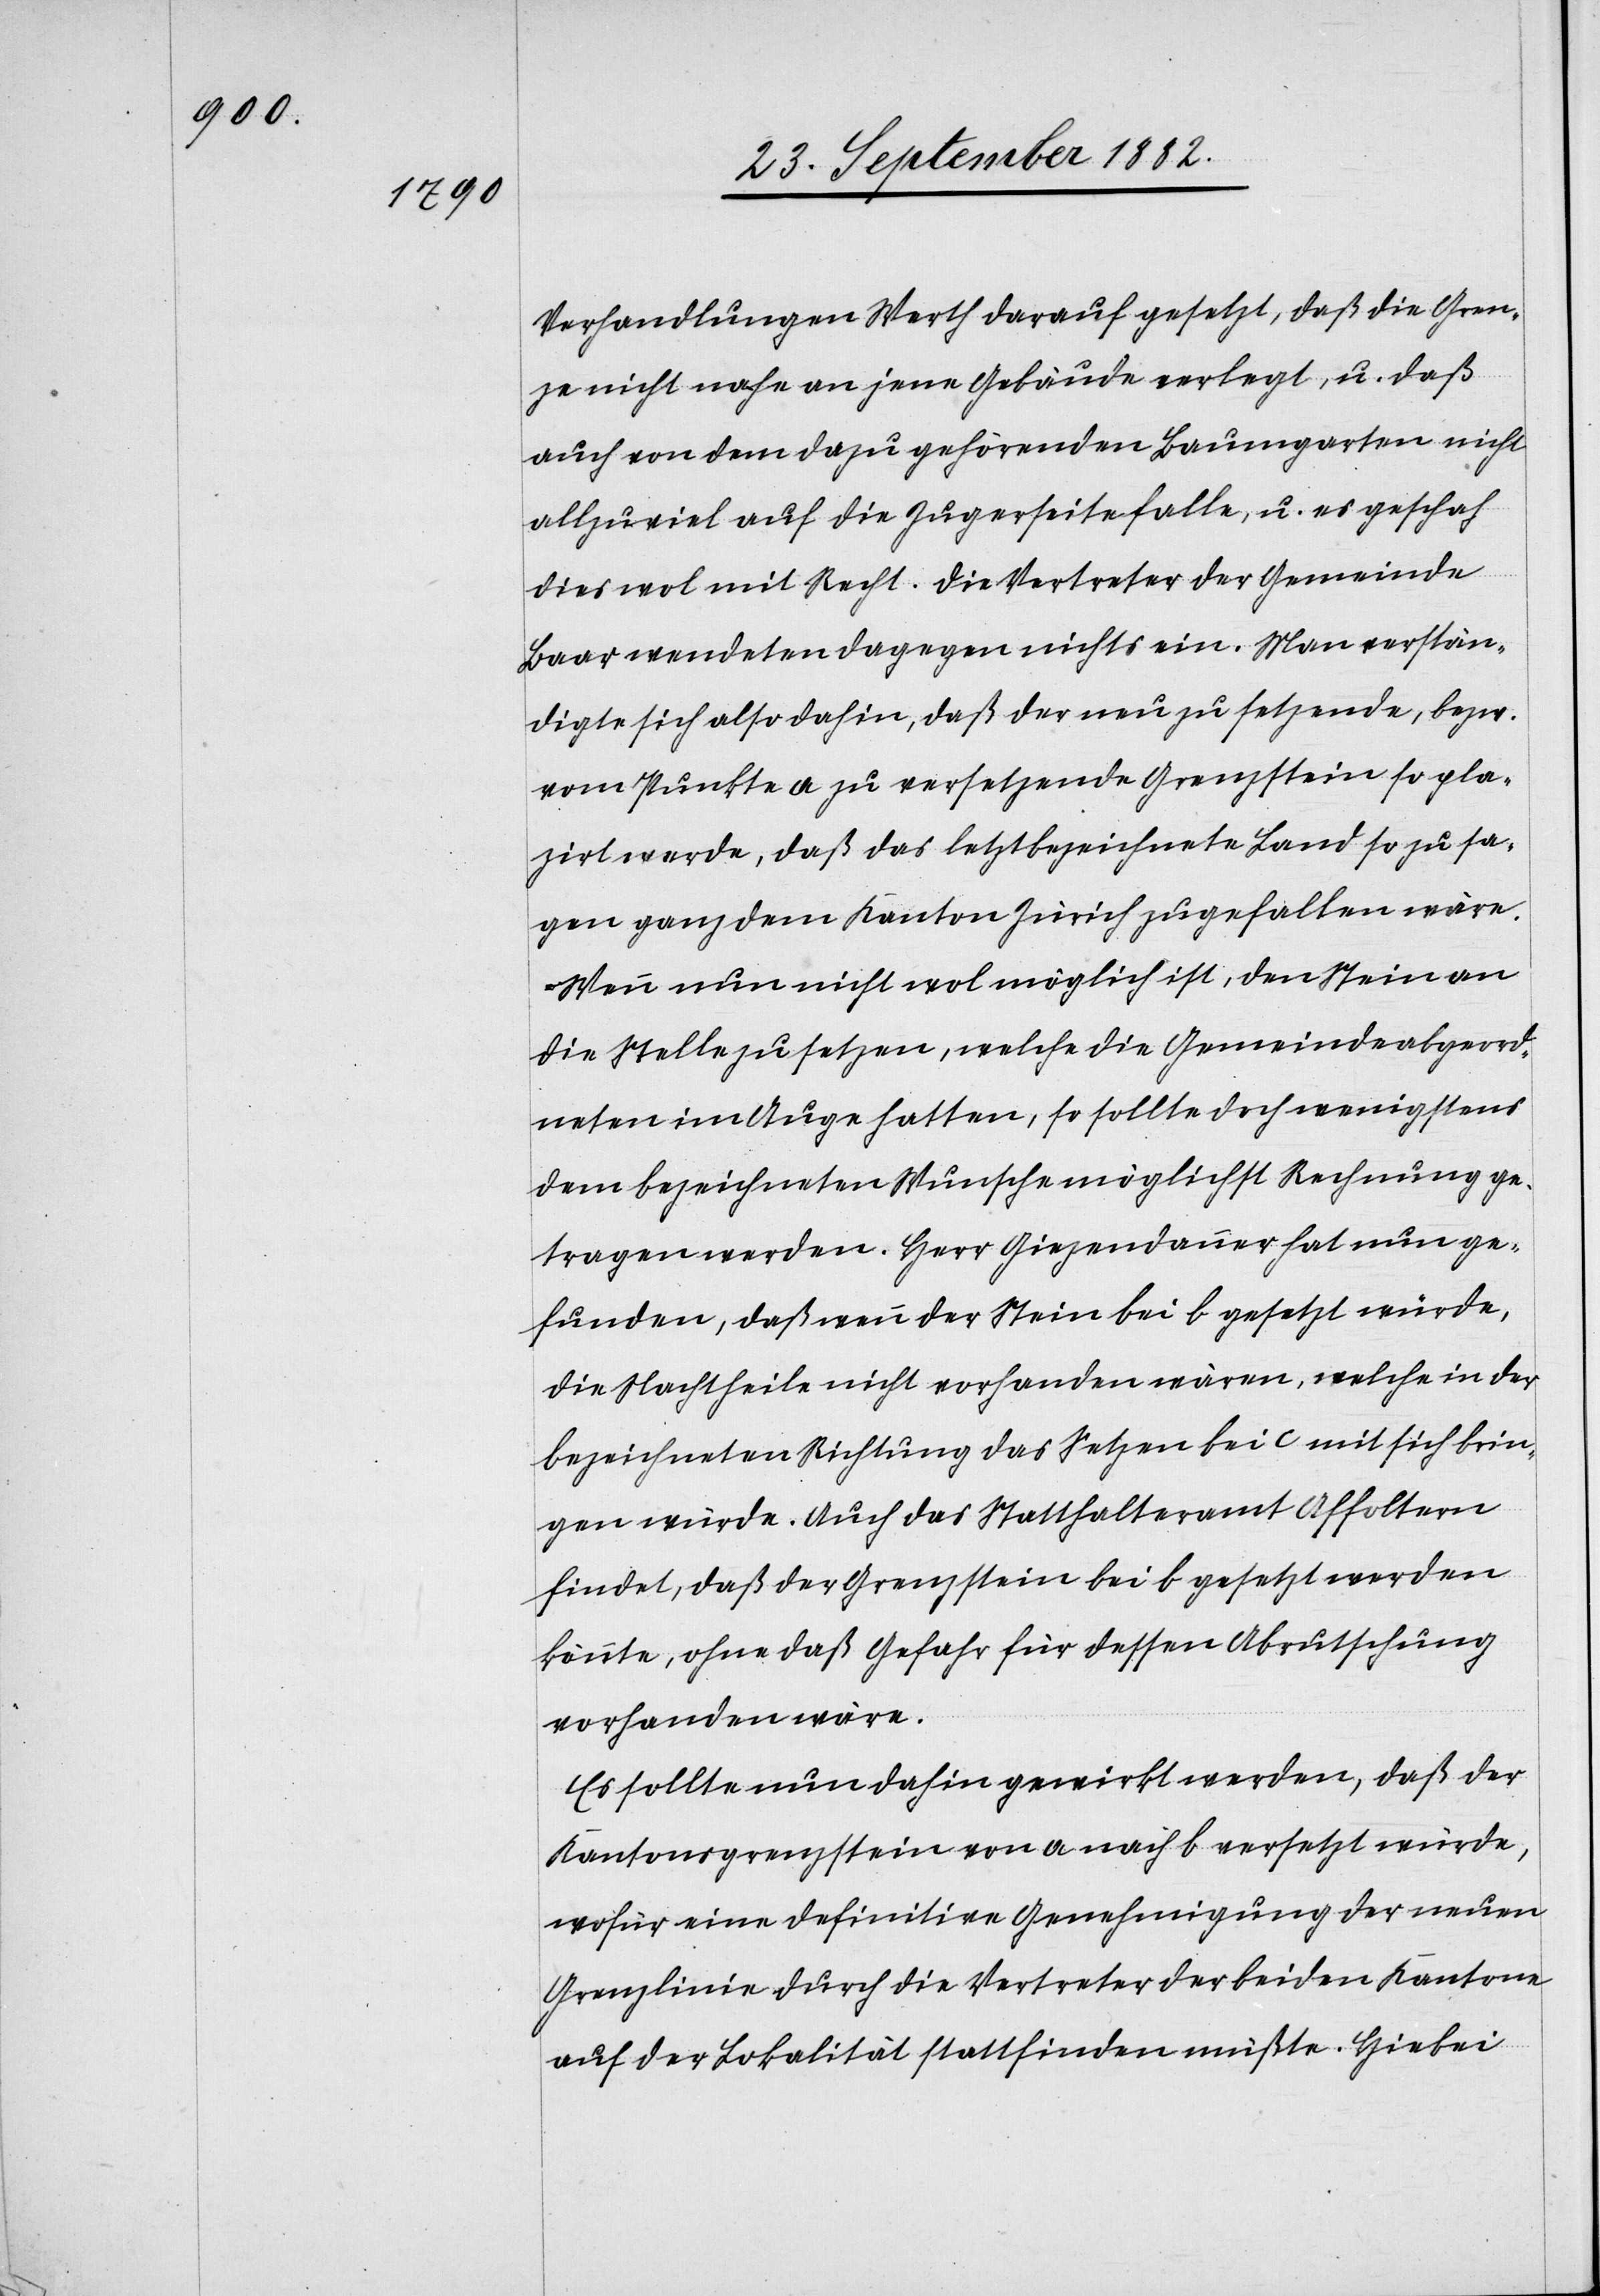
Verhandlungen Werth darauf gesetzt, daß die Gren¬
ze nicht nahe an jene Gebäude verlegt, u. daß
auch von dem dazu gehörenden Baumgarten nicht
allzuviel auf die Zugerseite falle, u. es geschah
dies wol mit Recht. Die Vertreter der Gemeinde
Baar wendeten dagegen nichts ein. Man verstän¬
digte sich also dahin, daß der neu zu setzende, bezw.
vom Punkte a zu versetzende Grenzstein so pla¬
zirt werde, daß das letztbezeichnete Land so zu sa¬
gen ganz dem Kanton Zürich zugefallen wäre.
Wenn nun nicht wol möglich ist, den Stein an
die Stelle zu setzen, welche die Gemeindeabgeord¬
neten im Auge hatten, so sollte doch wenigstens
dem bezeichneten Wunsche möglichst Rechnung ge¬
tragen werden. Herr Giezendanner hat nun ge¬
funden, daß wenn der Stein bei b gesetzt würde,
die Nachtheile nicht vorhanden wären, welche in der
bezeichneten Richtung das Setzen bei c mit sich brin¬
gen würde. Auch das Statthalteramt Affoltern
findet, daß der Grenzstein bei b gesetzt werden
könnte, ohne daß Gefahr für dessen Abrutschung
vorhanden wäre.
Es sollte nun dahin gewirkt werden, daß der
Kantonsgrenzstein von a nach b versetzt würde,
wofür eine definitive Genehmigung der neuen
Grenzlinie durch die Vertreter der beiden Kantone
auf der Lokalität stattfinden müßte. Hiebei